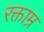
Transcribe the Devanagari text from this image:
रक्ताम्र